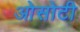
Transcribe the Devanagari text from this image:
ओसोटी